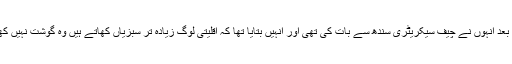
صوبائی وزیر موھن لال کا کہنا ہے کہ اس احتجاج کے بعد انہوں نے چیف سیکریٹری سندھ سے بات کی تھی اور انہیں بتایا تھا کہ اقلیتی لوگ زیادہ تر سبزیاں کھاتے ہیں وہ گوشت نہیں کھاتے اس لیے انہیں گائے کا گوشت فراہم نہیں کیا جائے۔